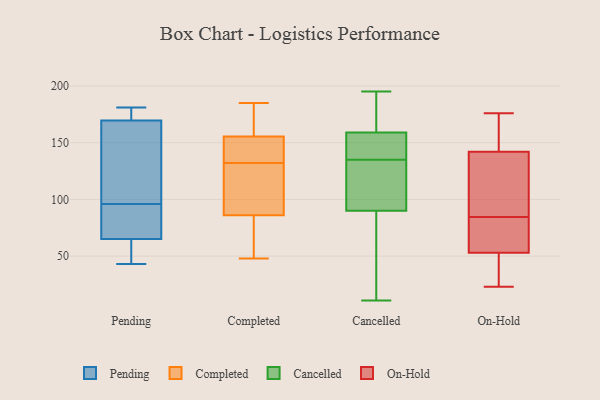
{"axis": {"x": "Gross Profit (USD K)", "y": "Value"}, "legend": ["Cancelled", "Completed", "On-Hold", "Pending"], "data": [{"x": "", "y": 78, "type": "Pending"}, {"x": "", "y": 163, "type": "Pending"}, {"x": "", "y": 85, "type": "Pending"}, {"x": "", "y": 181, "type": "Pending"}, {"x": "", "y": 51, "type": "Pending"}, {"x": "", "y": 102, "type": "Pending"}, {"x": "", "y": 90, "type": "Pending"}, {"x": "", "y": 176, "type": "Pending"}, {"x": "", "y": 176, "type": "Pending"}, {"x": "", "y": 43, "type": "Pending"}, {"x": "", "y": 52, "type": "Pending"}, {"x": "", "y": 140, "type": "Pending"}, {"x": "", "y": 185, "type": "Completed"}, {"x": "", "y": 48, "type": "Completed"}, {"x": "", "y": 134, "type": "Completed"}, {"x": "", "y": 69, "type": "Completed"}, {"x": "", "y": 63, "type": "Completed"}, {"x": "", "y": 122, "type": "Completed"}, {"x": "", "y": 79, "type": "Completed"}, {"x": "", "y": 174, "type": "Completed"}, {"x": "", "y": 141, "type": "Completed"}, {"x": "", "y": 146, "type": "Completed"}, {"x": "", "y": 172, "type": "Completed"}, {"x": "", "y": 93, "type": "Completed"}, {"x": "", "y": 139, "type": "Completed"}, {"x": "", "y": 130, "type": "Completed"}, {"x": "", "y": 165, "type": "Completed"}, {"x": "", "y": 108, "type": "Completed"}, {"x": "", "y": 11, "type": "Cancelled"}, {"x": "", "y": 65, "type": "Cancelled"}, {"x": "", "y": 140, "type": "Cancelled"}, {"x": "", "y": 195, "type": "Cancelled"}, {"x": "", "y": 99, "type": "Cancelled"}, {"x": "", "y": 120, "type": "Cancelled"}, {"x": "", "y": 150, "type": "Cancelled"}, {"x": "", "y": 185, "type": "Cancelled"}, {"x": "", "y": 159, "type": "Cancelled"}, {"x": "", "y": 130, "type": "Cancelled"}, {"x": "", "y": 183, "type": "Cancelled"}, {"x": "", "y": 90, "type": "Cancelled"}, {"x": "", "y": 155, "type": "Cancelled"}, {"x": "", "y": 80, "type": "Cancelled"}, {"x": "", "y": 47, "type": "On-Hold"}, {"x": "", "y": 142, "type": "On-Hold"}, {"x": "", "y": 100, "type": "On-Hold"}, {"x": "", "y": 73, "type": "On-Hold"}, {"x": "", "y": 150, "type": "On-Hold"}, {"x": "", "y": 23, "type": "On-Hold"}, {"x": "", "y": 176, "type": "On-Hold"}, {"x": "", "y": 53, "type": "On-Hold"}, {"x": "", "y": 63, "type": "On-Hold"}, {"x": "", "y": 96, "type": "On-Hold"}]}